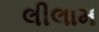
લીલામ